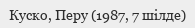
Куско, Перу (1987, 7 шілде)